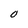
Character: O